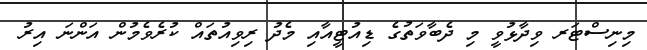
މިނިސްޓަރ ވިދާޅުވީ މި ދެބާވަތުގެ ޑިއުޓީއާއި މެދު ރިވިއުތައް ކުރެވެމުން އަންނަ އިރު